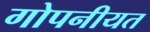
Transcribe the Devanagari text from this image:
गोपनीयत